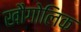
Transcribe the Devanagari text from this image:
खौगोलिक